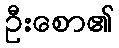
ဦးစော၏